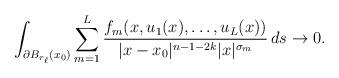
LaTeX: \begin{align*}\int_{\partial B_{r_{\ell}}(x_0)} \sum_{m=1}^{L} \frac{f_{m}(x,u_{1}(x),\ldots,u_{L}(x))}{|x-x_0|^{n-1-2k}|x|^{\sigma_m}} \,ds \rightarrow 0.\end{align*}